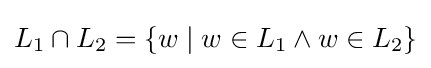
L_{1}\cap L_{2}=\{w\mid w\in L_{1}\land w\in L_{2}\}